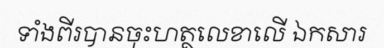
ទាំងពីរបានចុះហត្ថលេខាលើ ឯកសារ